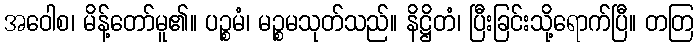
အဝေါစ၊ မိန့်တော်မူ၏။ ပဉ္စမံ၊ မဉ္စမသုတ်သည်။ နိဋ္ဌိတံ၊ ပြီးခြင်းသို့ရောက်ပြီ။ တတြ